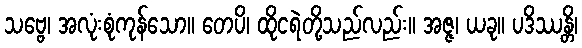
သဗ္ဗေ၊ အလုံးစုံကုန်သော။ တေပိ၊ ထိုငရဲတို့သည်လည်း။ အဇ္ဇ၊ ယခု။ ပဒိဿန္တိ၊